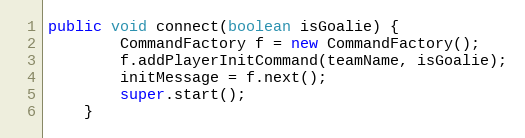
Language: Java
public void connect(boolean isGoalie) {
        CommandFactory f = new CommandFactory();
        f.addPlayerInitCommand(teamName, isGoalie);
        initMessage = f.next();
        super.start();
    }